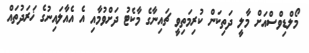
މޯލްޑިވްސްއަށް މާލީ ދަތިކަން ކުރިމަތިވީ ޗައިނާގެ މާކެޓު ދަށްވުމާއި އެ އެއާލައިނުގެ ޚަރަދުތައް